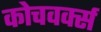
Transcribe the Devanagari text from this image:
कोचवर्क्स